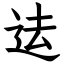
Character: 迲